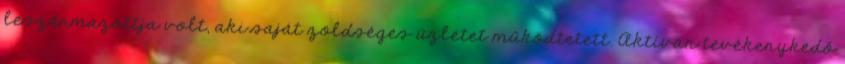
leszármazottja volt, aki saját zöldséges üzletet működtetett. Aktívan tevékenykedő